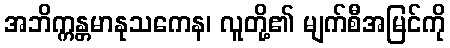
အဘိက္ကန္တမာနုသကေန၊ လူတို့၏ မျက်စီအမြင်ကို